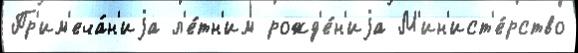
Пр'им'еча́н'иjа л'е́тн'им рожд'е́н'иjа М'ин'ист'е́рство